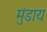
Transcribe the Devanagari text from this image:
मुंडाय